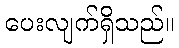
ပေးလျက်ရှိသည်။